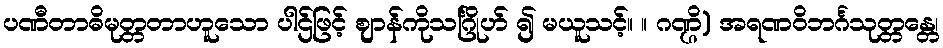
ပဏီတာဓိမုတ္တတာဟူသော ပါဌ်ဖြင့် ဈာန်ကိုသင်္ဂြိုဟ် ၍ မယူသင့်။ ။ ဂဏ္ဌိ) အရဏဝိဘင်္ဂသုတ္တန္တေ၊